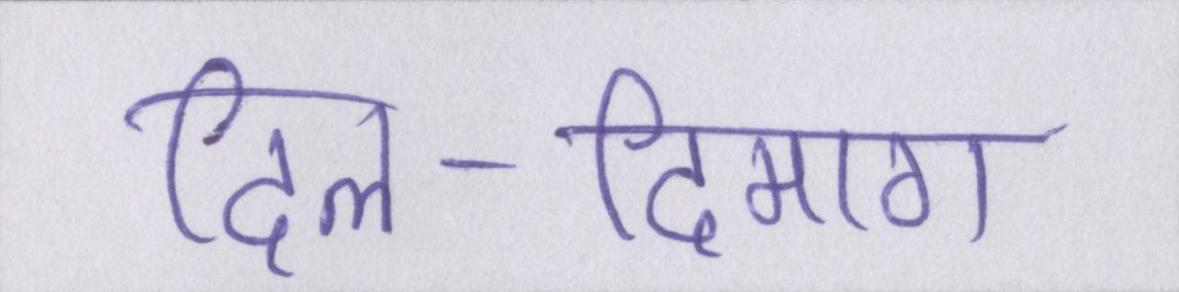
दिल-दिमाग